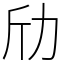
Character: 劤